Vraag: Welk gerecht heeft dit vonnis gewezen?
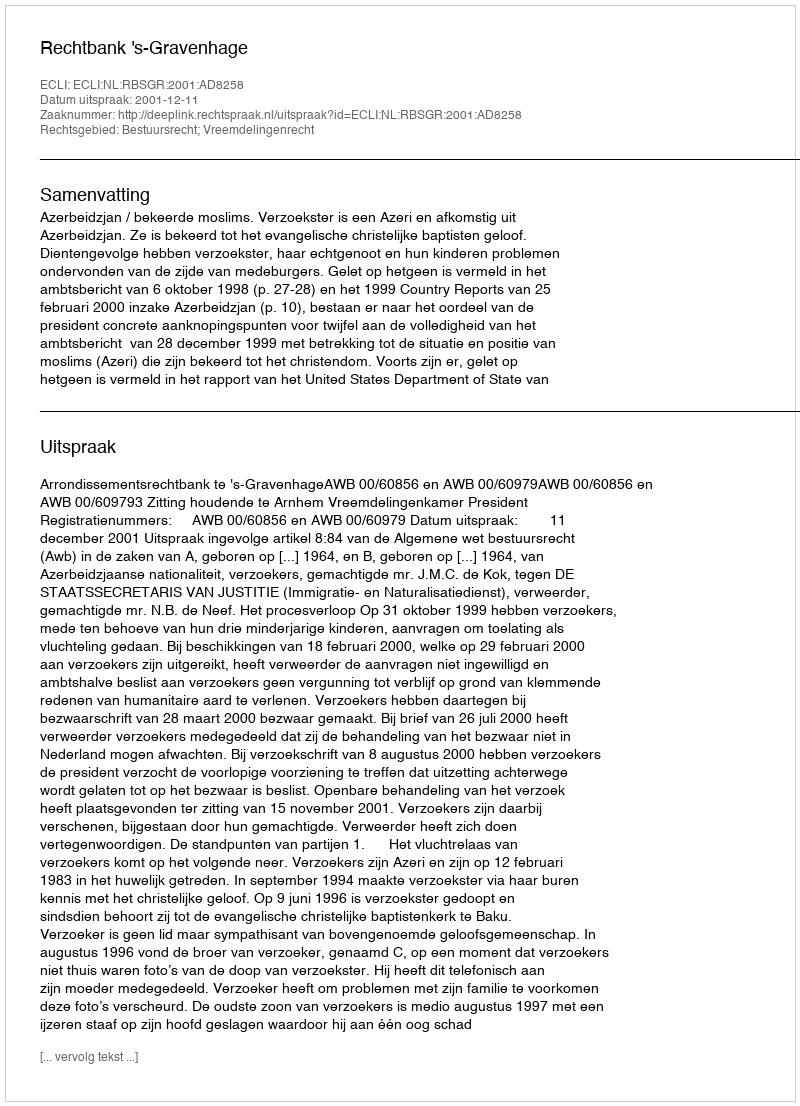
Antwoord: Rechtbank 's-Gravenhage